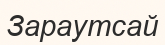
Зараутсай